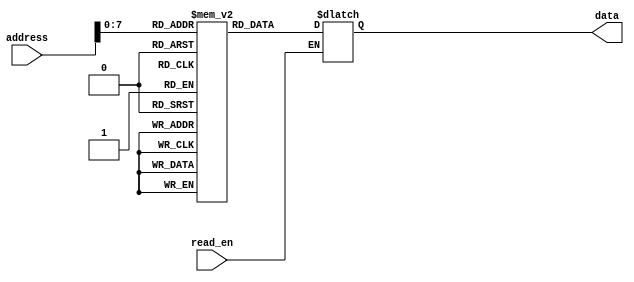
module MemoryBlocks (
  input wire [9:0] address,
  input wire read_en,
  output reg [7:0] data
);

  // declaring the array of memory blocks with 256 blocks each containing 8 bits
  reg [7:0] memory_blocks [255:0];

  // decoder to select the appropriate memory block based on the input address
  integer selected_block;
  always @(*) begin
    selected_block = address;
  end

  // output interface to retrieve and output data stored in the selected memory block
  always @(*) begin
    if (read_en) begin
      data = memory_blocks[selected_block];
    end
  end

endmodule